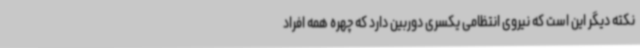
نکته دیگر این است که نیروی انتظامی یکسری دوربین دارد که چهره همه افراد